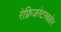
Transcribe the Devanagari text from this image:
रेफ्रिजरेटरबाहेर